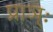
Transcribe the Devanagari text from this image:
प्राञ्ः